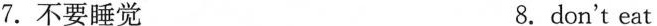
7.不要睡觉 8.don't eat